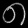
Digit: ၈